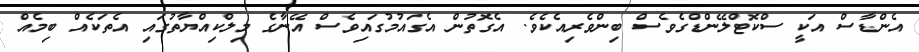
އެންޑާސް އަކީ ސްކޮޓްލޭންޑްގެވެސް ބިންވެރިއެކެވެ. އެގޮތުން އެގައުމުގައިވެސް އޭނާގެ މިލްކިއްޔާތުގައި އެތަކެއް ބިމެއް